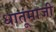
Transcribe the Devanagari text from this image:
धातूंमाजी